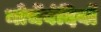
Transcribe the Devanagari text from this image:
मोर्चेबंदियों